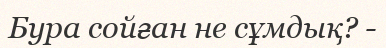
Бура сойған не сұмдық? -